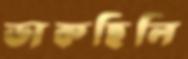
ডাকছিলি